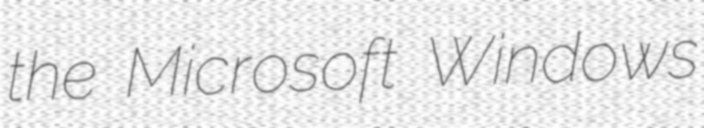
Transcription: the Microsoft Windows